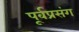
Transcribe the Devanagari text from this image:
पूर्वप्रसंग